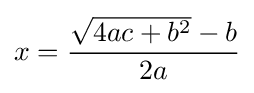
x={\frac {{\sqrt {4ac+b^{2}}}-b}{2a}}